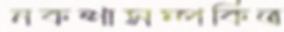
নকশাসম্পর্কিত